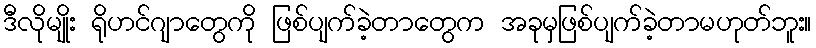
ဒီလိုမျိုး ရိုဟင်ဂျာတွေကို ဖြစ်ပျက်ခဲ့တာတွေက အခုမှဖြစ်ပျက်ခဲ့တာမဟုတ်ဘူး။